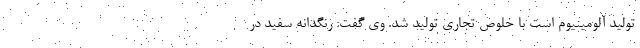
تولید آلومینیوم است با خلوص تجاری تولید شد. وی گفت: رنگدانه سفید در